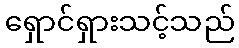
ရှောင်ရှားသင့်သည်